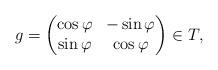
LaTeX: \begin{align*}g = \begin{pmatrix} \cos \varphi &-\sin \varphi \\ \sin \varphi &\cos \varphi \end{pmatrix} \in T,\end{align*}